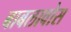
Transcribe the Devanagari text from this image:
बाबलावोस